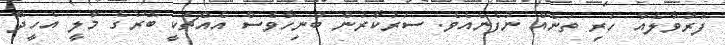
ފަރުވާލެއް ހުރި ތަނެއް ނުފެނެއެވެ. ސަރުކާރުން ބުނިހާވެސް އެއްޗަކީ ބޭރުގެ މާލީ އެހީދޭ